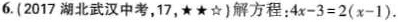
6.(2017湖北武汉中考，17，*★☆)解方程；4x-3=2(x-1)。